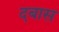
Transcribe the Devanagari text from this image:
दबास